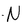
Character: N